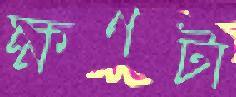
ক্ষণটা